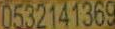
0532141369